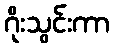
ဂိုးသွင်းကာ